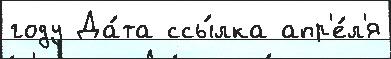
году Да́та ссы́лка апр'е́л'я